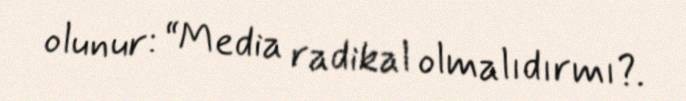
olunur: “Media radikal olmalıdırmı?.